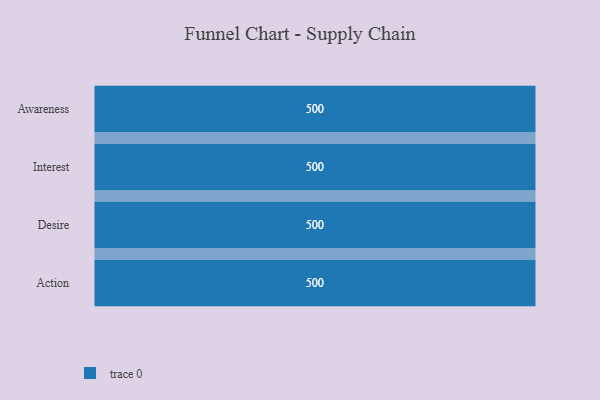
{"axis": {"x": "Stage", "y": "Value"}, "legend": [""], "data": [{"x": "Awareness", "y": 500, "type": ""}, {"x": "Interest", "y": 500, "type": ""}, {"x": "Desire", "y": 500, "type": ""}, {"x": "Action", "y": 500, "type": ""}]}